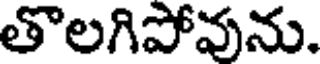
తొలగిపోవును.